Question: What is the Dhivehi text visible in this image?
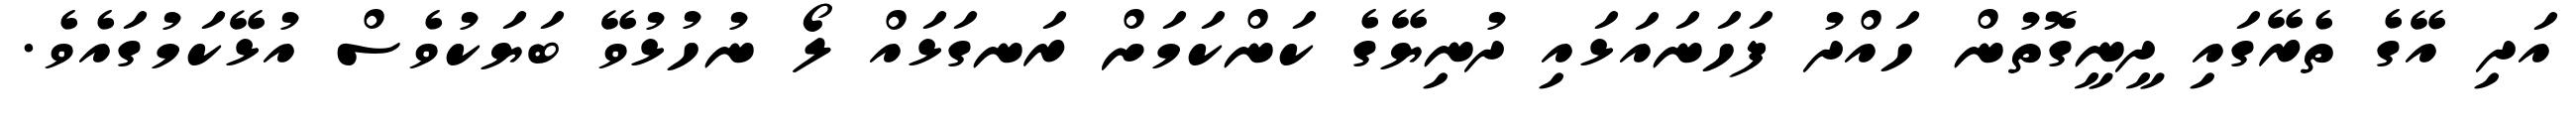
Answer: އަދި އޭގެ ތެރޭގައި ދީނީގޮތުން ހައްދު ފަހަނައަޅައި ދުނިޔޭގެ ކަންކަމަށް ރަނގަޅައް ލޯ ނުހުޅުވޭ ބަޔަކުވެސް އުޅޭކަމުގައެވެ.